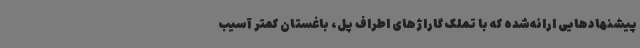
پیشنهادهایی ارائه‌شده که با تملک گاراژهای اطراف پل، باغستان کمتر آسیب